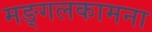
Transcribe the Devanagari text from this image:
मङ्गलकामना